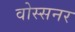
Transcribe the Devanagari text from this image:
वोस्सनर